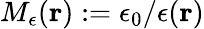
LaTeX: M_{\epsilon}({\mathbf r}):=\epsilon_{0}/\epsilon({\mathbf r})